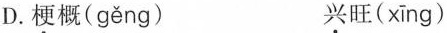
D.梗概( gěng ) 兴旺( xīng )